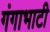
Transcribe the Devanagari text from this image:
गंगाभाटी